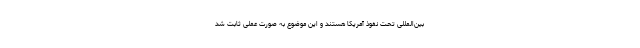
بین‌المللی تحت نفوذ آمریکا هستند و این موضوع به صورت عملی ثابت شد